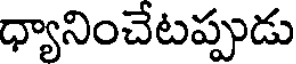
ధ్యానించేటప్పుడు